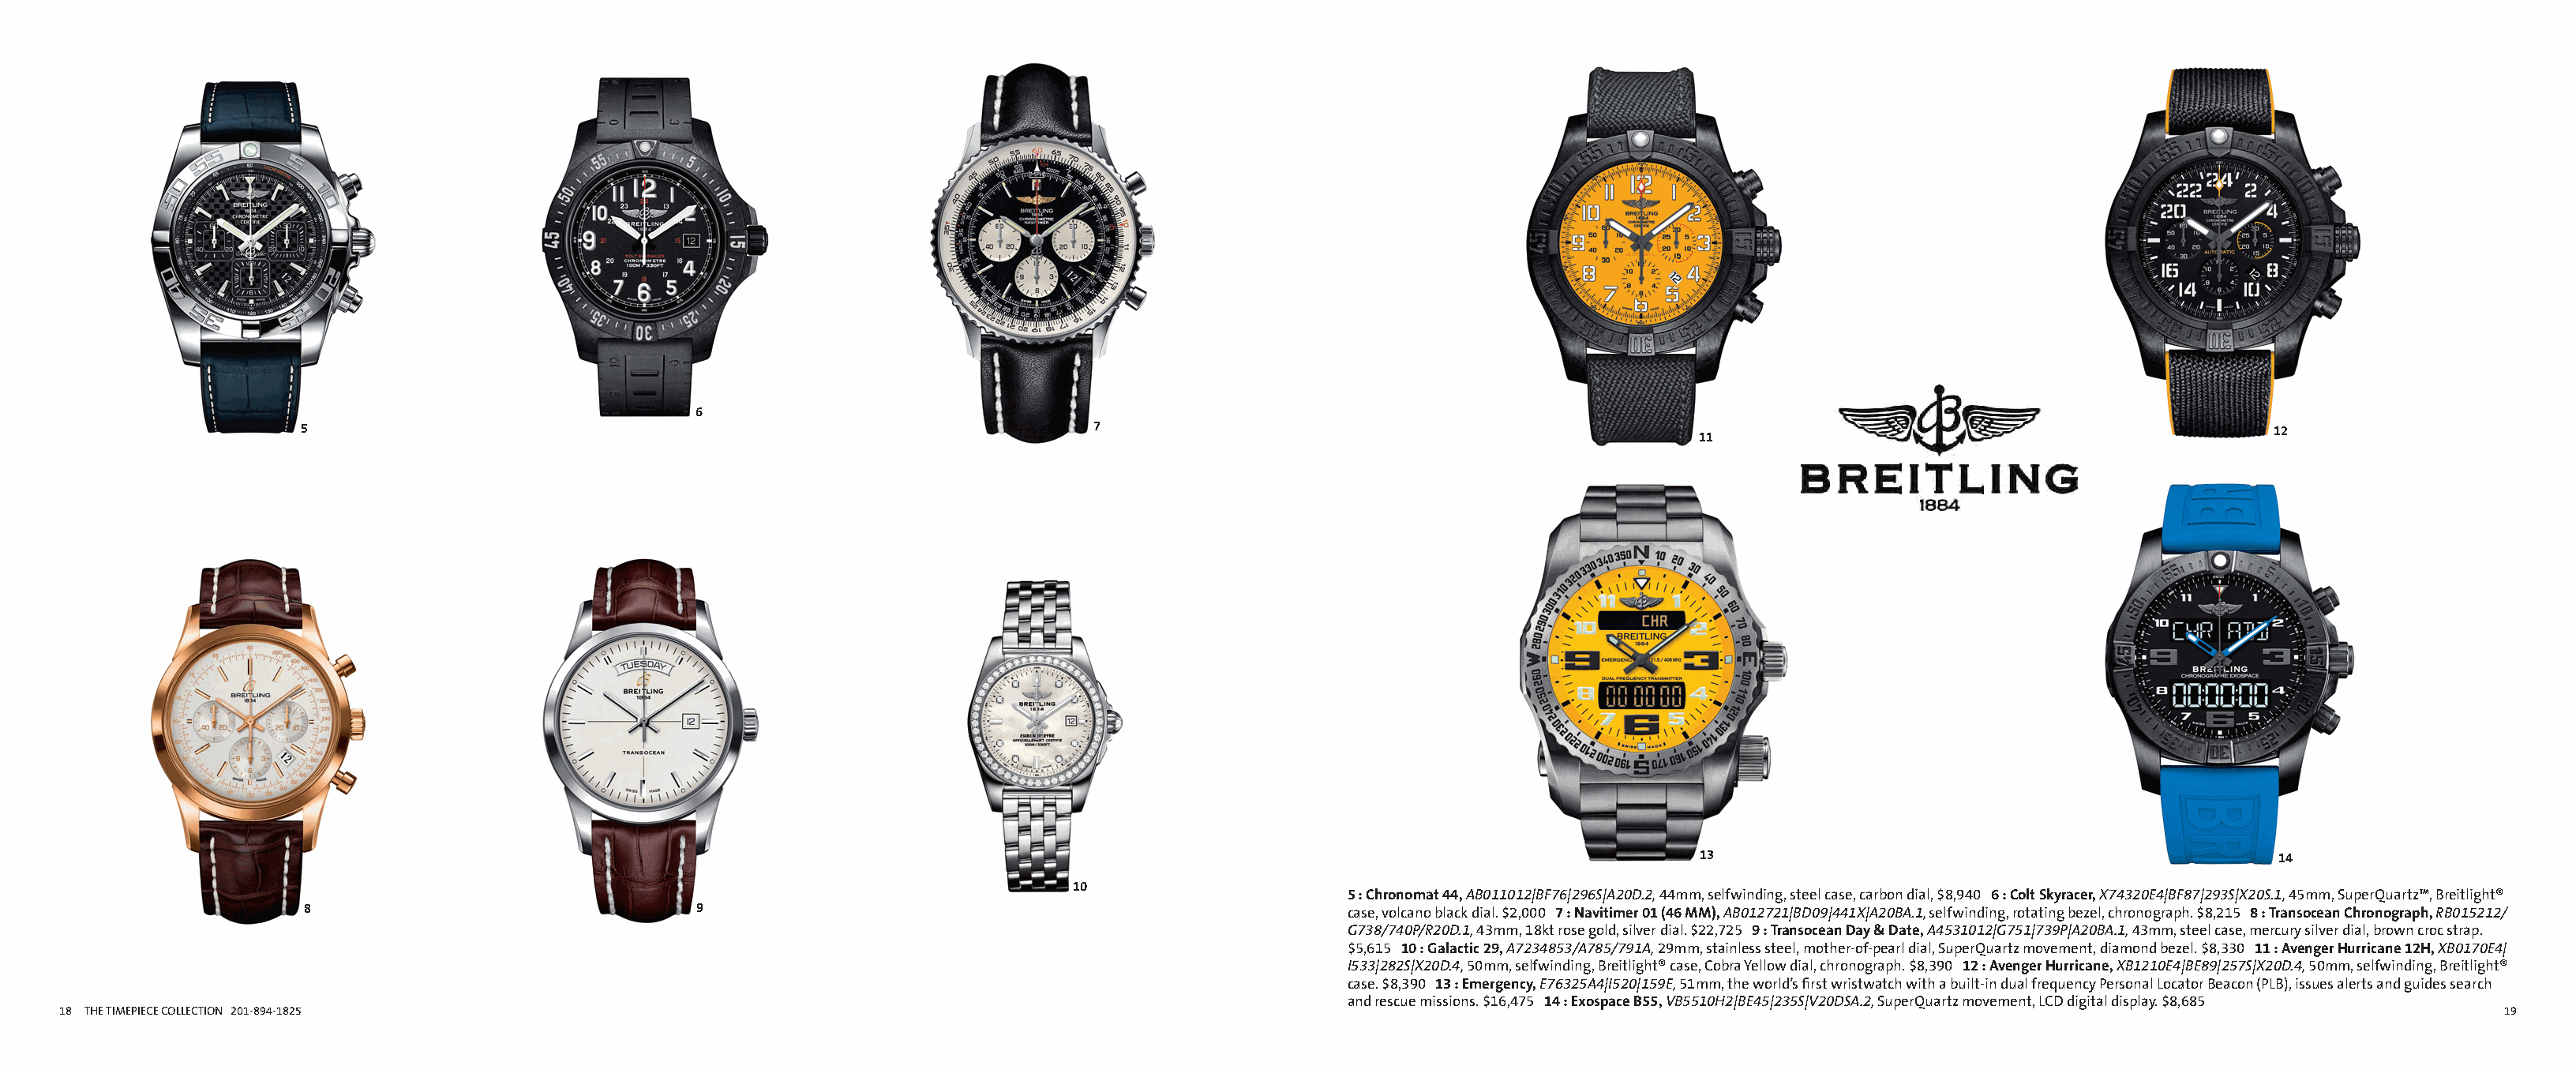
Alternate Insight ai135487b_18 Proof 1                                                              Alternate Insight ai135487b_19 Proof 1
 FullCatalogMech Text                                                                                      FullCatalogMech Text
 6
 5                                                                  7                                                                                                  12
 11
 13                                              14
 10
 5 : Chronomat 44, AB011012|BF76|296S|A20D.2, 44mm, selfwinding, steel case, carbon dial, $8,940 6 : Colt Skyracer, X74320E4|BF87|293S|X20S.1, 45mm, SuperQuartz™, Breitlight®
 8                                9                                                      case, volcano black dial. $2,000 7 : Navitimer 01 (46 MM), AB012721|BD09|441X|A20BA.1, selfwinding, rotating bezel, chronograph. $8,215 8 : Transocean Chronograph, RB015212/
 G738/740P/R20D.1, 43mm, 18kt rose gold, silver dial. $22,725 9 : Transocean Day & Date, A4531012|G751|739P|A20BA.1, 43mm, steel case, mercury silver dial, brown croc strap.
 $5,615 10 : Galactic 29, A7234853/A785/791A, 29mm, stainless steel, mother-of-pearl dial, SuperQuartz movement, diamond bezel. $8,330 11 : Avenger Hurricane 12H, XB0170E4|
 I533|282S|X20D.4, 50mm, selfwinding, Breitlight® case, Cobra Yellow dial, chronograph. $8,390 12 : Avenger Hurricane, XB1210E4|BE89|257S|X20D.4, 50mm, selfwinding, Breitlight®
 case. $8,390 13 : Emergency, E76325A4|I520|159E, 51mm, the world’s first wristwatch with a built-in dual frequency Personal Locator Beacon (PLB), issues alerts and guides search
 and rescue missions. $16,475 14 : Exospace B55, VB5510H2|BE45|235S|V20DSA.2, SuperQuartz movement, LCD digital display. $8,685
 18 THE TIMEPIECE COLLECTION 201-894-1825                                                                                                                                                              19
 Cyan Magenta Yellow Black                                                                                   Cyan Magenta Yellow Black